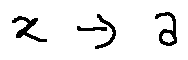
x \rightarrow a